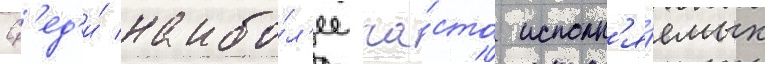
Ср'ед'и́ наибо́л'ее ча́сто исполн'я́емых